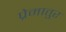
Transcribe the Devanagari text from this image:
प्रेमातुर